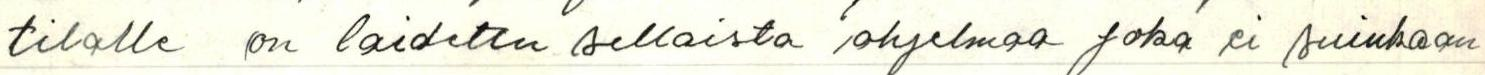
tilalle on laidettu sellaista ohjelmaan joka ei suinkaan